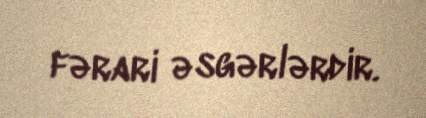
fərari əsgərlərdir.